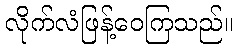
လိုက်လံဖြန့်ဝေကြသည်။